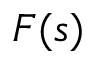
F ( s )